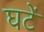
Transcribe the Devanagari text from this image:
घटें